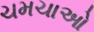
ચમચાઓ